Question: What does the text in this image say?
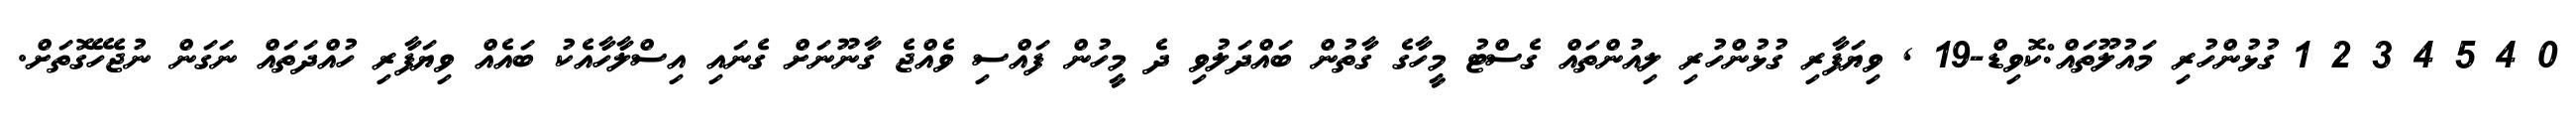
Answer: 0 4 5 4 3 2 1 ގުޅުންހުރި މައުލޫތައް:ކޮވިޑް-19 , ވިޔަފާރި ގުޅުންހުރި ލިއުންތައް ގެސްޓު މީހާގެ ގާތުން ބައްދަލުވި ދެ މީހުން ފައްސި ވެއްޖެ ގާނޫނަށް ގެނައި އިސްލާހާއެކު ބައެއް ވިޔަފާރި ހުއްދަތައް ނަގަން ނުޖެހޭގޮތަށް.